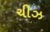
ચીઝ